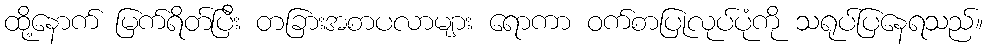
ထို့နောက် မြက်ရိတ်ပြီး တခြားအစာပလာများ ရောကာ ဝက်စာပြုလုပ်ပုံကို သရုပ်ပြနေရသည်။